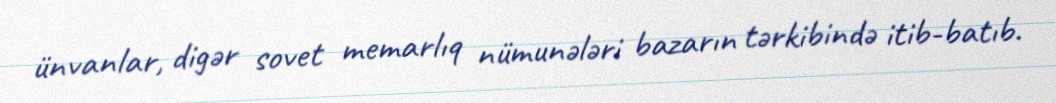
ünvanlar, digər sovet memarlıq nümunələri bazarın tərkibində itib-batıb.